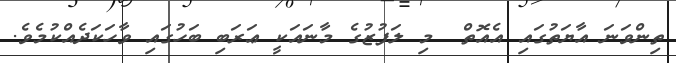
ތިންވަނަ އާޔަތުގައި އެއޮތް  މި ލަފުޒުގެ މާނައަކީ ޢަރަބި ބަހުގައި ވާހަކަދެއްކުމެވެ.